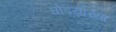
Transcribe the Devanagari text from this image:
घोडय़ांच्या